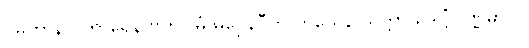
ဂမိတွာန ဝိကာရေန ဗဟိဂါမံ မဂ္ဂေနပီတိ ဟယေန သက္ကာယဒိဋ္ဌိံ ပုဏ္ဏမာယ